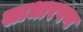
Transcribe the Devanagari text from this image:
साधारपण